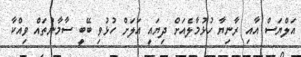
އަލްޔަސް އާއި ރާނިޔާ ހުޅުމާލެއަށް ދިޔައީ އަލަށް ހުޅުވި ބޭބީ ސާމާނުތައް ވިއްކާ